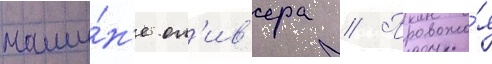
маши́н'е ол'ив'ера // Провожа́я